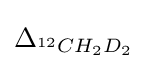
\Delta _{{}^{12}CH_{2}D_{2}}